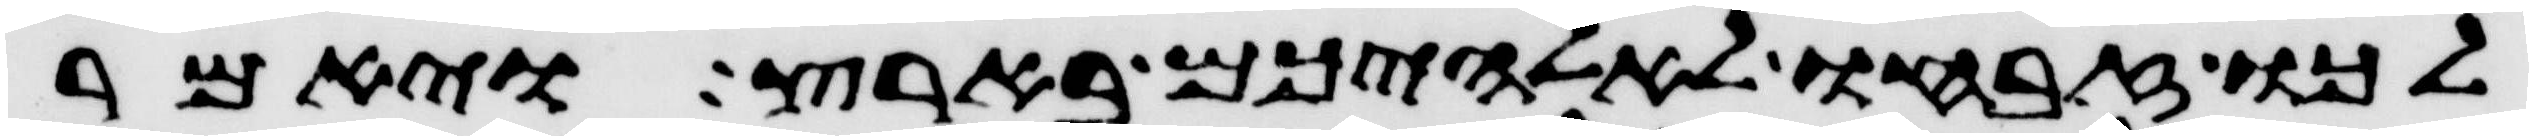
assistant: לכו זבחו לאלהיכם בארץ ויאמר